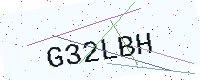
Text: G32LBH